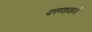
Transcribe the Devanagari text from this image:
काण्वायनों